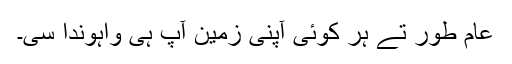
عام طور تے ہر کوئی آپنی زمین آپ ہی واہوندا سی۔